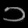
Digit: ၁